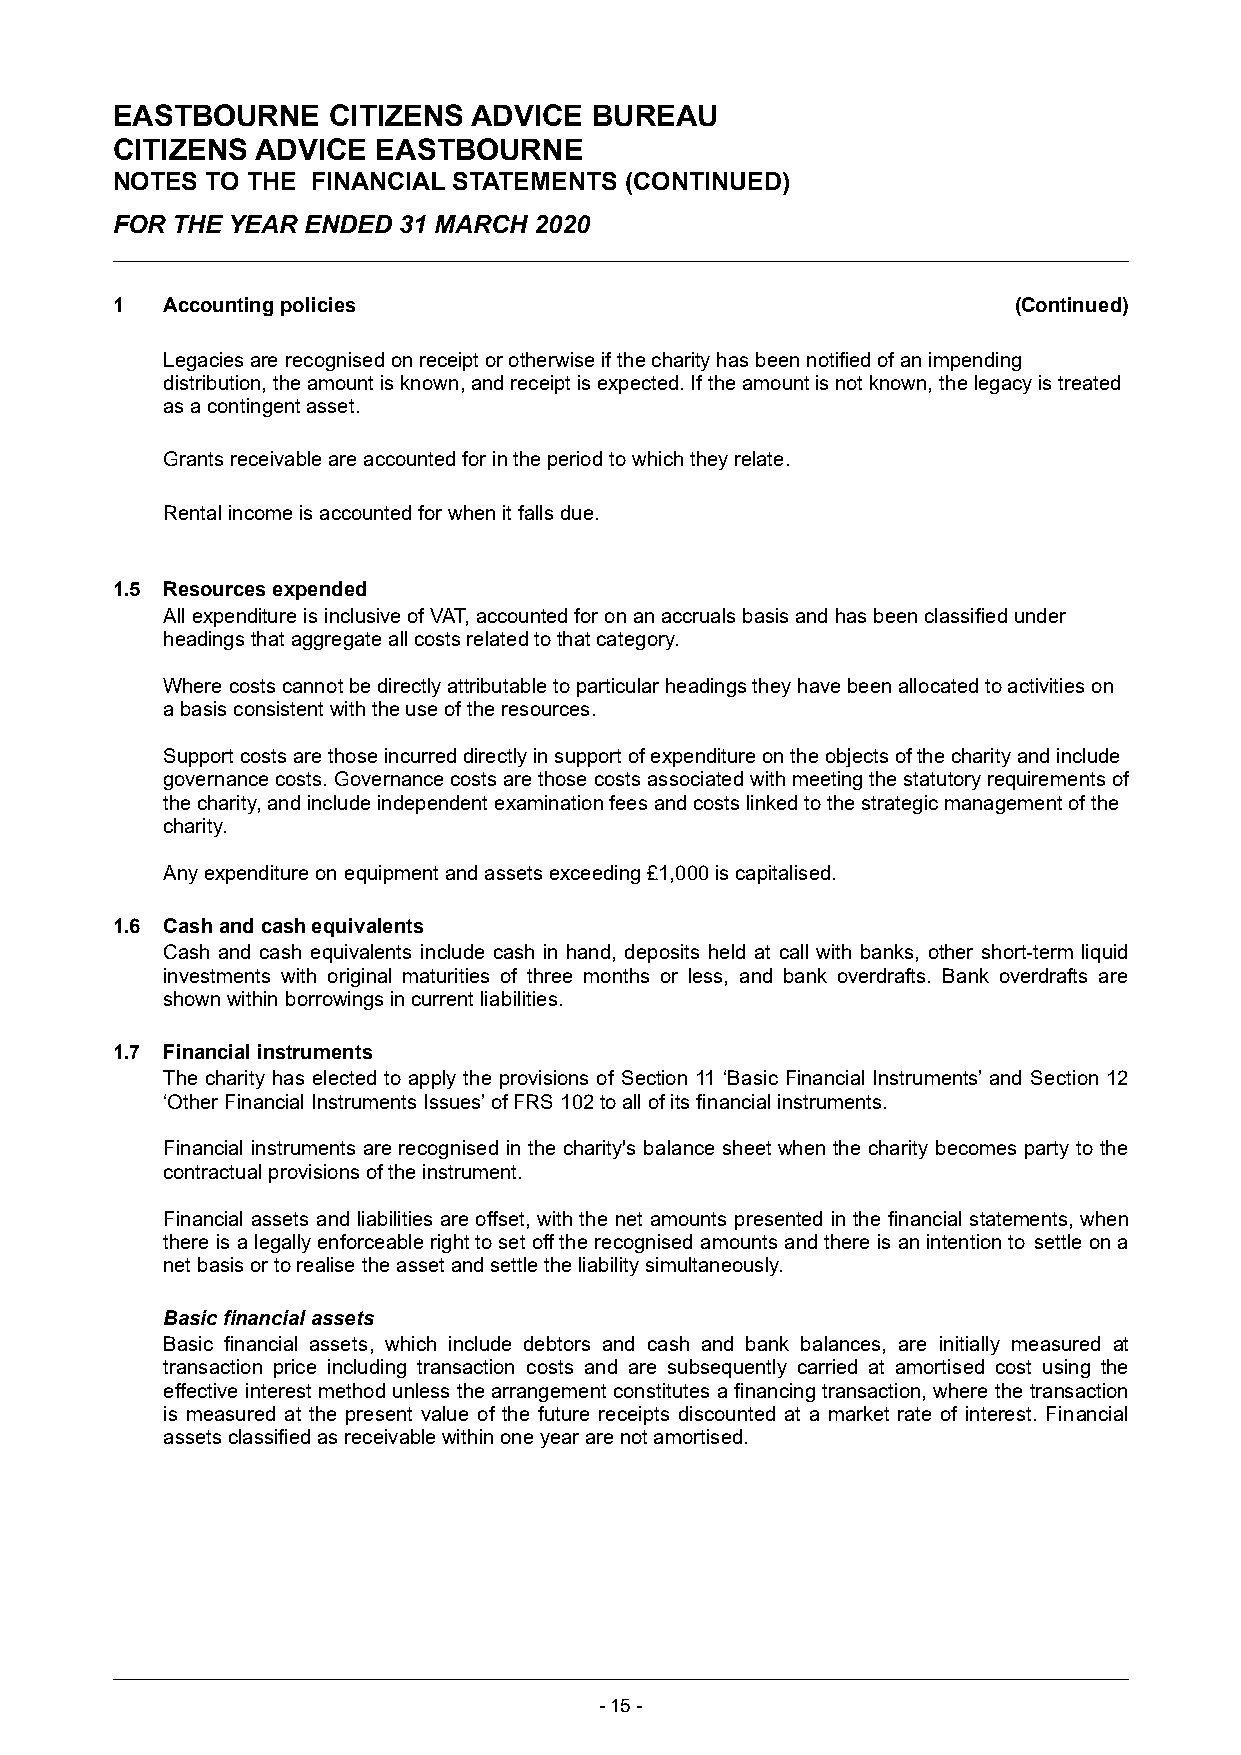
EASTBOURNE     CITIZENS ADVICE  BUREAU
 CITIZENS  ADVICE  EASTBOURNE
 NOTES  TO THE FINANCIAL STATEMENTS (CONTINUED)
 FOR THE YEAR ENDED 31 MARCH 2020
 1   Accounting policies                                     (Continued)
 Legacies are recognised on receipt or otherwise if the charity has been notified of an impending
 distribution, the amount is known, and receipt is expected. If the amount is not known, the legacy is treated
 as a contingent asset.
 Grants receivable are accounted for in the period to which they relate.
 Rental income is accounted for when it falls due.
 1.5 Resources expended
 All expenditure is inclusive of VAT, accounted for on an accruals basis and has been classified under
 headings that aggregate all costs related to that category.
 Where costs cannot be directly attributable to particular headings they have been allocated to activities on
 a basis consistent with the use of the resources.
 Support costs are those incurred directly in support of expenditure on the objects of the charity and include
 governance costs. Governance costs are those costs associated with meeting the statutory requirements of
 the charity, and include independent examination fees and costs linked to the strategic management of the
 charity.
 Any expenditure on equipment and assets exceeding £1,000 is capitalised.
 1.6 Cash and cash equivalents
 Cash and cash equivalents include cash in hand, deposits held at call with banks, other short-term liquid
 investments with original maturities of three months or less, and bank overdrafts. Bank overdrafts are
 shown within borrowings in current liabilities.
 1.7 Financial instruments
 The charity has elected to apply the provisions of Section 11 ‘Basic Financial Instruments’ and Section 12
 ‘Other Financial Instruments Issues’ of FRS 102 to all of its financial instruments.
 Financial instruments are recognised in the charity's balance sheet when the charity becomes party to the
 contractual provisions of the instrument.
 Financial assets and liabilities are offset, with the net amounts presented in the financial statements, when
 there is a legally enforceable right to set off the recognised amounts and there is an intention to settle on a
 net basis or to realise the asset and settle the liability simultaneously.
 Basic financial assets
 Basic financial assets, which include debtors and cash and bank balances, are initially measured at
 transaction price including transaction costs and are subsequently carried at amortised cost using the
 effective interest method unless the arrangement constitutes a financing transaction, where the transaction
 is measured at the present value of the future receipts discounted at a market rate of interest. Financial
 assets classified as receivable within one year are not amortised.
 -15 -